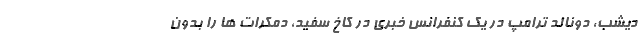
دیشب، دونالد ترامپ در یک کنفرانس خبری در کاخ سفید، دمکرات ها را بدون